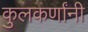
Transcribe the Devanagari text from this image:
कुलकर्णांनी